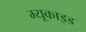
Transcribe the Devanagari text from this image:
म्यूकाइड